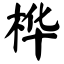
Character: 桦